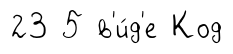
23 5 в'и́д'е Код